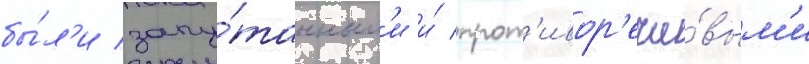
бы́л'и запу́танным'и и́ прот'ивор'ечи́вым'и